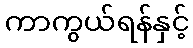
ကာကွယ်ရန်နှင့်